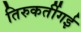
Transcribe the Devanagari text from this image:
तिरुकर्तीगई